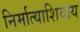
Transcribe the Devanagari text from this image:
निर्मात्याशिवाय